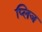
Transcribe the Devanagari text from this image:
प्लिज